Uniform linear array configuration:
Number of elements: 8
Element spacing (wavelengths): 0.75
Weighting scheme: hamming
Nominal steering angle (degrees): -60
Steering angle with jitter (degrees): -61.753
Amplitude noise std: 0.05
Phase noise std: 0.05

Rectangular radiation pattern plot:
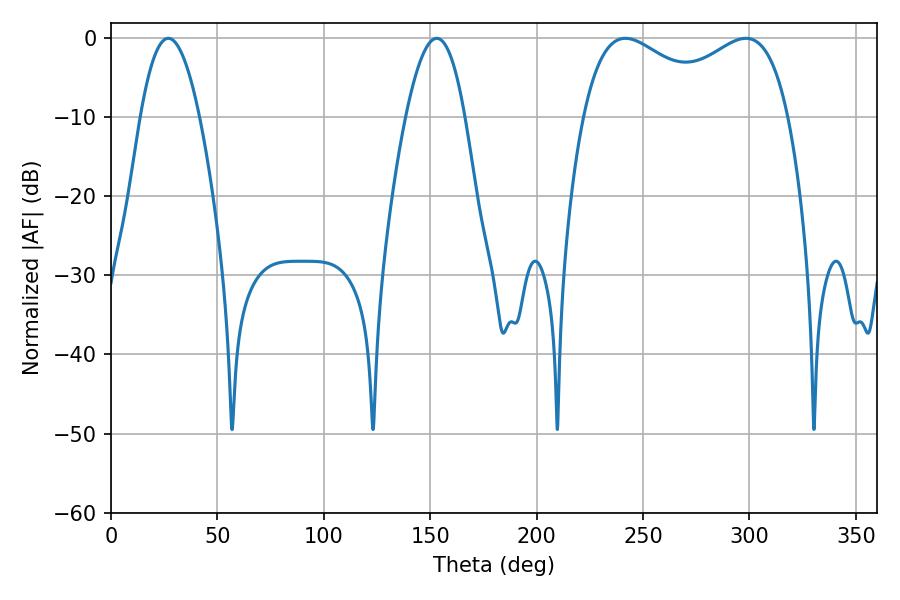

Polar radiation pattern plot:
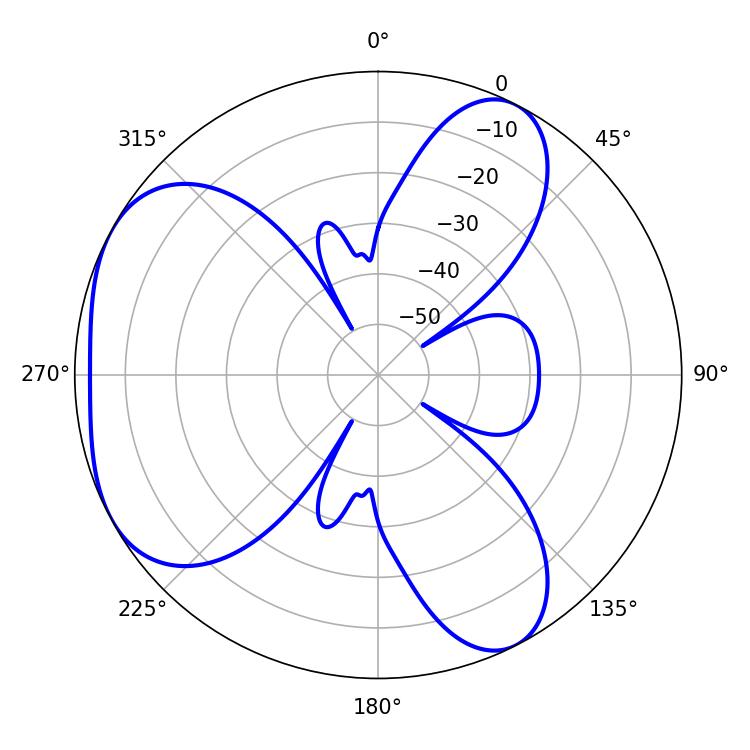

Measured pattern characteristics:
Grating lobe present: TRUE
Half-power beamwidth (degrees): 39.42
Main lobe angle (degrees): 241.74